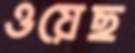
ওয়েছ